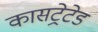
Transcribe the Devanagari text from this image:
कासट्रेटेड